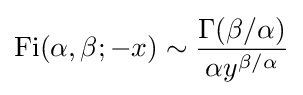
\operatorname {Fi} (\alpha ,\beta ;-x)\sim {\frac {\Gamma (\beta /\alpha )}{\alpha y^{\beta /\alpha }}}